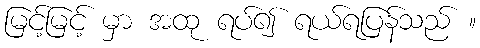
မြင့်မြင့် မှာ အထု ရပ်၍ ရယ်ရပြန်သည် ။